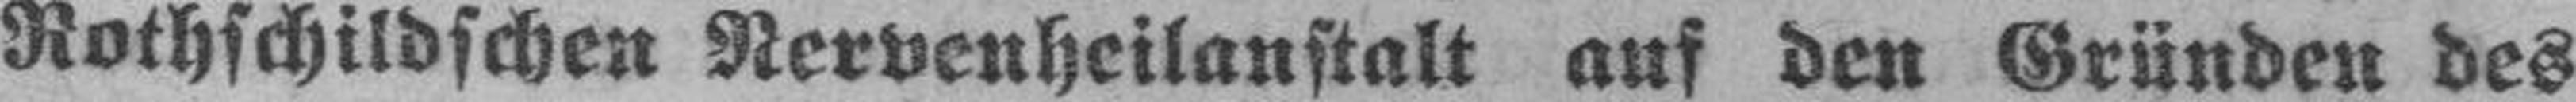
Rothschildschen Nervenheilanstalt auf den Gründen des